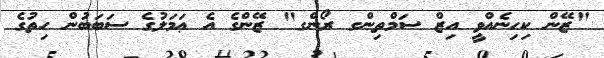
"ޒޭން ކިހިނެއްވީ އިޒް ސަމްތިންގ ރޯންގ" ޒޭންގެ އެ ޢަމަލުގެ ސަބަބުން ހިތުގެ